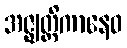
အဇ္ဈတ္တိကာနေဝ